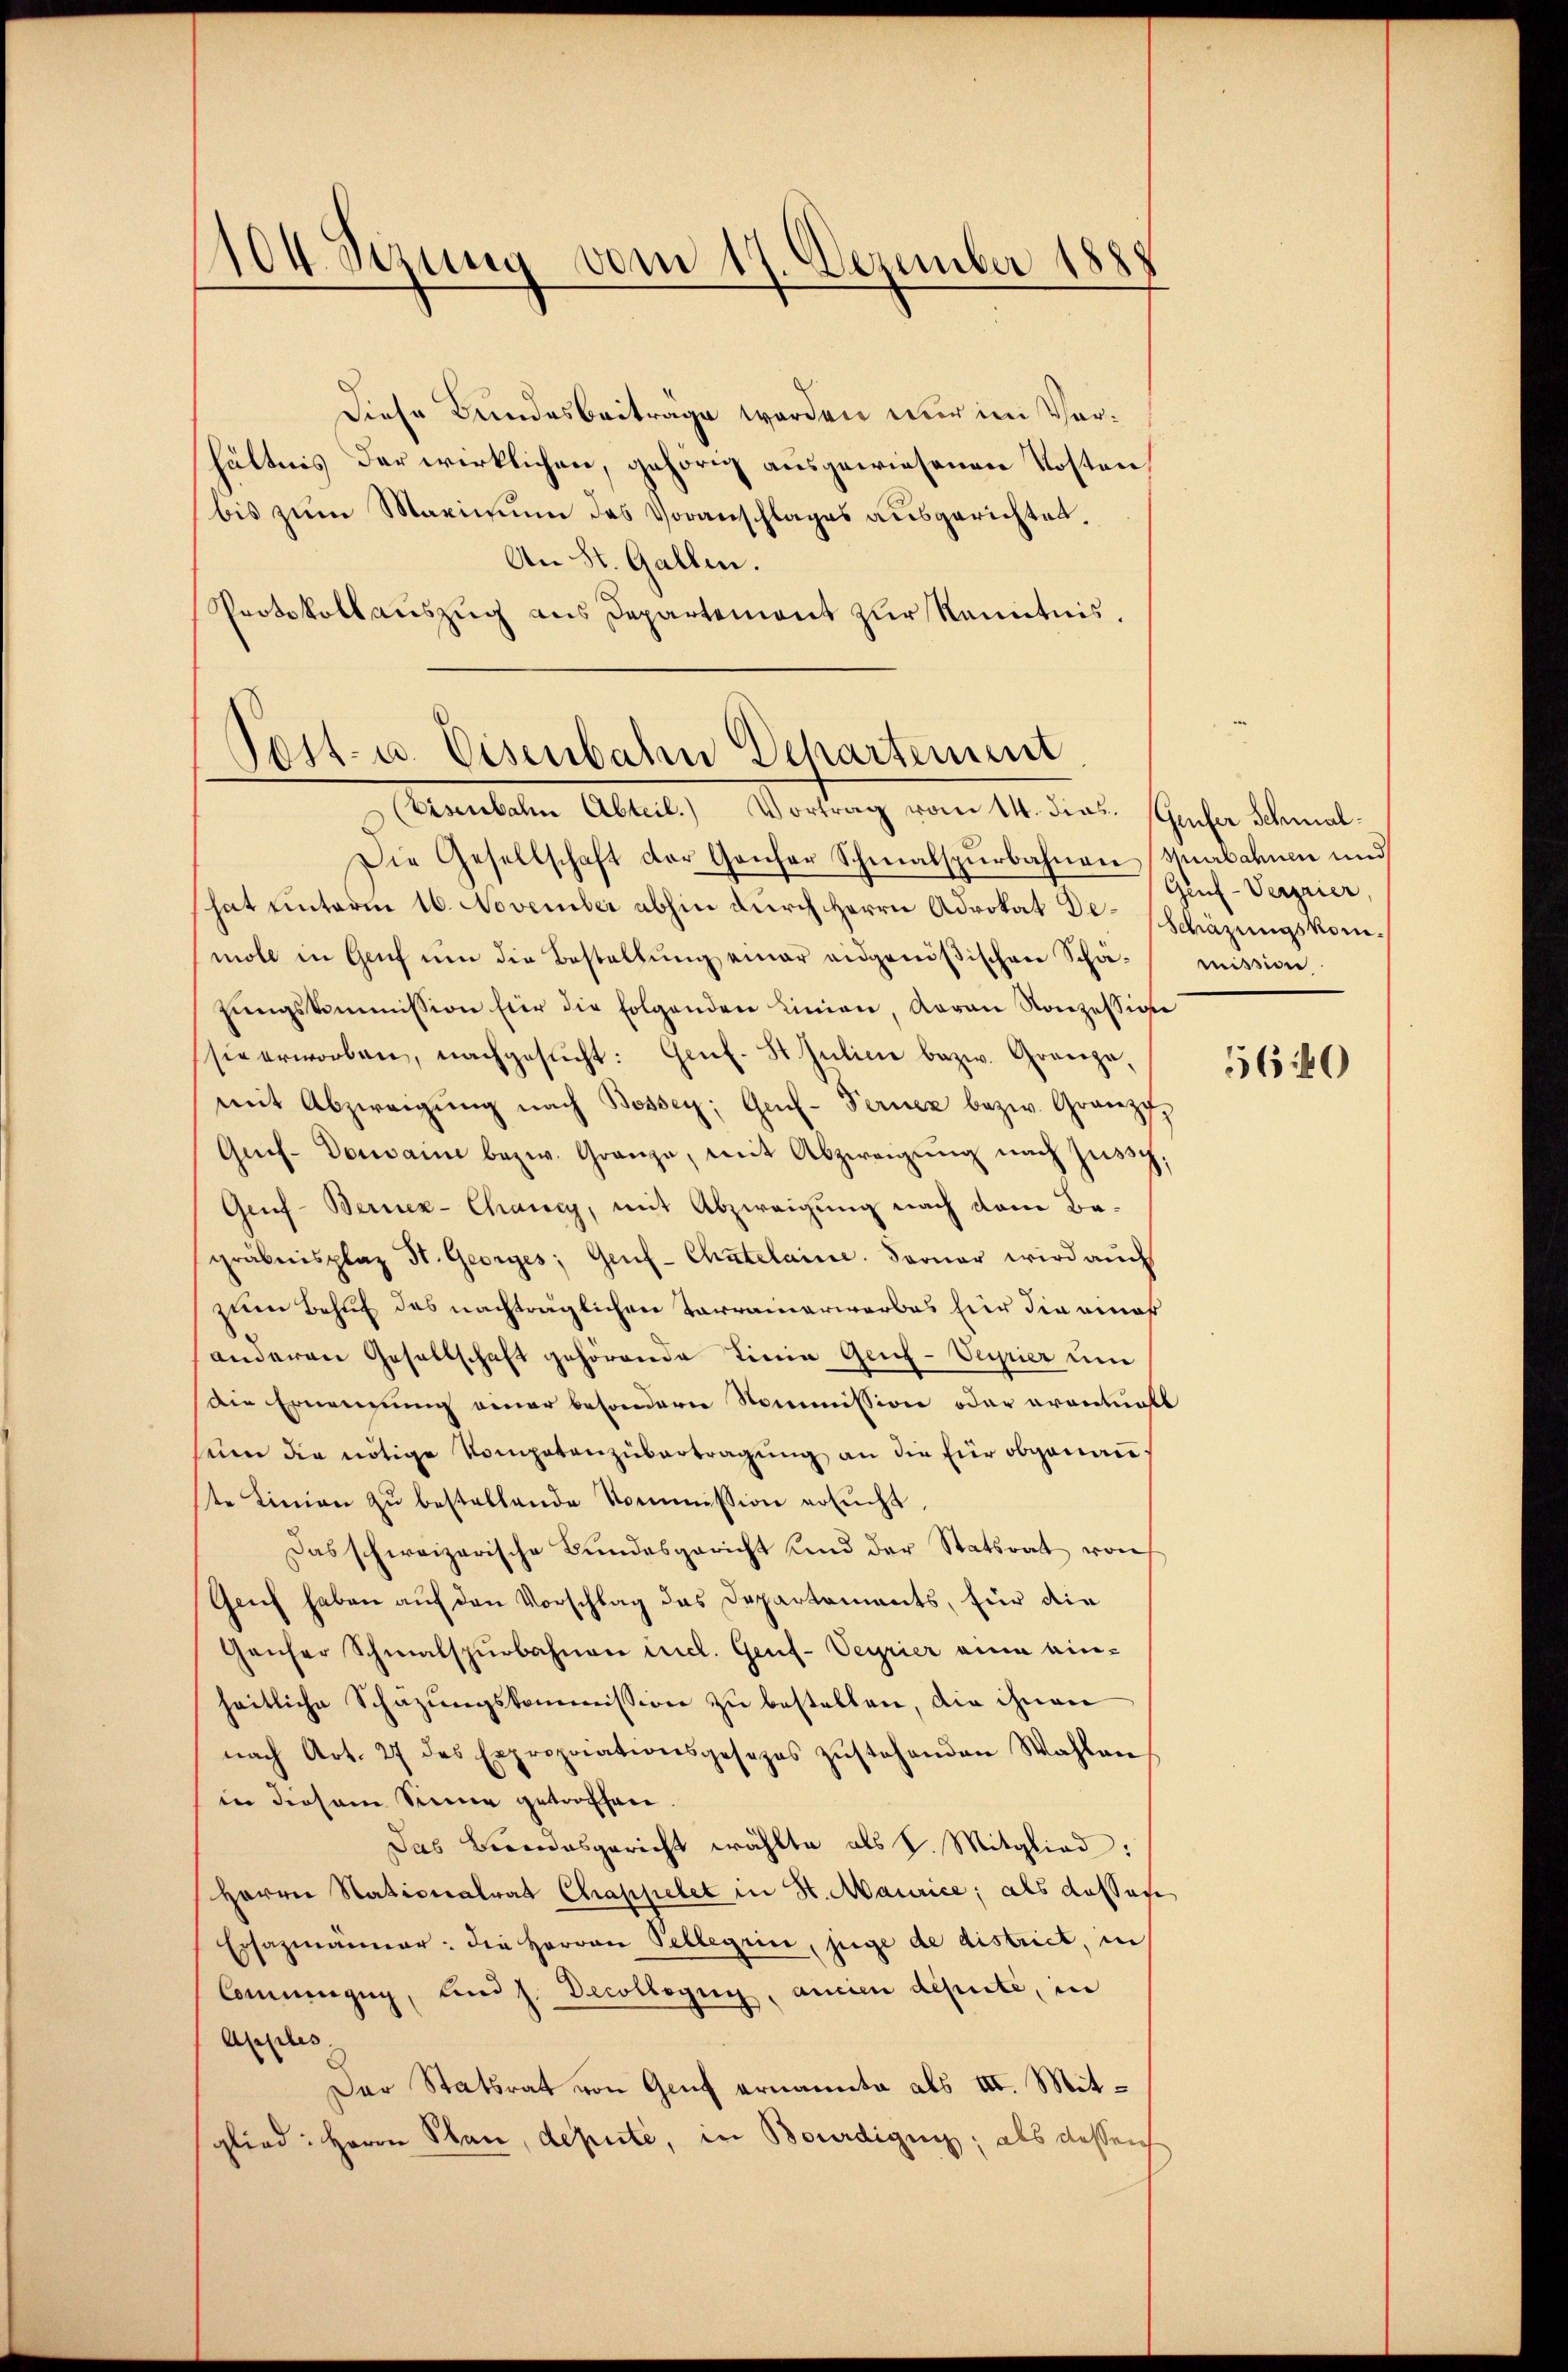
104 Sezung vom 17. Dezember 1888

Diese Bundesbeiträge werden nur im Verhältnis der wirklichen, gehörig ausgewiesenen Kosten,
bis zum Maximum des Voranschlages ausgerichten.
An St. Gallen.
Protokollauszug aus Departement zur Kenntnis,

Post- u. Eisenbahn Dehartement
Eisenbahn Abteil. Vortrag vom 14. dies. (Genfer Schmal-

Die Gesellschaft der Genfer Schmalspŭrbahnen Spurbahnen und
hat unterm 16. November abhin durch Herrn Advokat Dr. Schwäzungskommoll in Genf um die Bestellung einer eidgenößischen Schätŭngskommission für die folgenden Linien, Aarau Konzession
sie erworben, nachgesŭcht: Genf. St. Juline bezw. Grauze
mit Abzweigŭng nach Bossey; Genf-Terner bezw. Granz
Guch- Domaine bezw. Gränze, mit Abzweigŭng nach Zusch,
Geuf-Bernen-Chancy, mit Abzweigung nach dem Bagräbnisplaz St. Georges, Genf-Chatelaine. Daruar wird aŭch
zum Behuf des nachträglichen Tarrainerwarbes für die eines
anderen Gesellschaft gehörende Tinia Geih-Veyrier um
Die Ernennung einer besondern Kommission oder erantualt
sem die nötige Kompetenzubertragung an die für obgenauste Linien zŭ bestellende Kommission ersucht,
Das schweizerische Bŭndesgericht und der Statsrat von
Geich haben auf den Vorschlag das Departements, für die
Geuser Schmalspurbahnen cit. Genf-Veyrier eine einheitliche Schazungskommission zu bestellen, die ihnen
nach Art. 27 des Expropriationsgesezes zŭstehenden Wahlen
in diesem Sinne getroffen.
Das Beendesgericht wählte als d. Mitglied:
Herrn Stationalrat Chappelet in St. Maurice, als Kassage
Ersazmänner: die Herren Pellegii, juge de district, in
Commugug, und s. Decollogen, ancien depute, in
Apples,
Der Statsrat von Genf ernannte als III. Mitglied: Herrn Plan, depute, in Bourdigung; als dessen

Gruf-Vergrier
mission

560